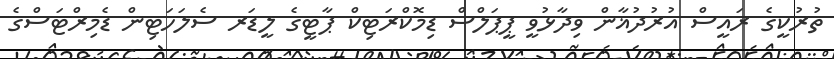
ތުރުކީގެ ރައީސް އުރުދުޣާން ވިދާޅުވީ ޕީޕަލްސް ޑިމޮކްރަޓިކް ޕާޓީގެ ލީޑަރ ސެލަހަޓިން ޑެމިރްޓަސްގެ